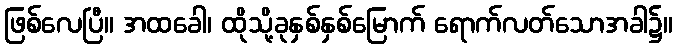
ဖြစ်လေပြီ။ အထခေါ၊ ထိုသို့ခုနှစ်နှစ်မြောက် ရောက်လတ်သောအခါ၌။